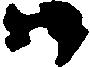
尉